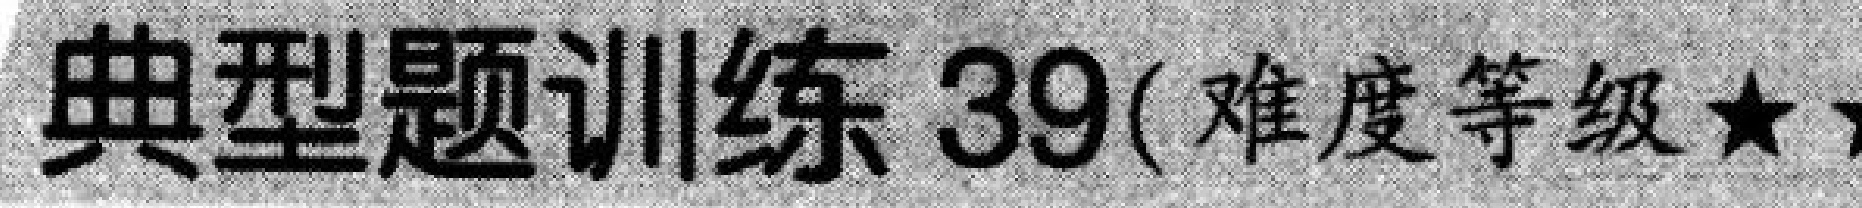
典型题训练 39( 难度等级★★